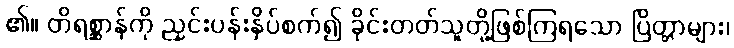
၏။ တိရစ္ဆာန်ကို ညှင်းပန်းနှိပ်စက်၍ ခိုင်းတတ်သူတို့ဖြစ်ကြရသော ပြိတ္တာများ၊